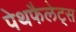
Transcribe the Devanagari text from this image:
पेथफैलेट्स